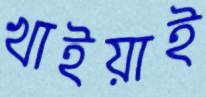
খাইয়াই